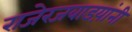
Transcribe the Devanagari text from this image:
राजेरजवाडय़ांनी